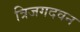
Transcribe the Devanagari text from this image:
त्रिजगदवन